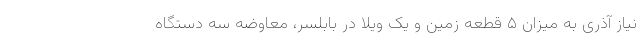
نیاز آذری به میزان ۵ قطعه زمین و یک ویلا در بابلسر، معاوضه سه دستگاه